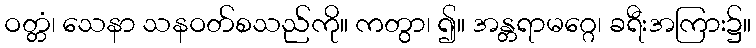
ဝတ္တံ၊ သေနာ သနဝတ်စသည်ကို။ ကတွာ၊ ၍။ အန္တရာမဂ္ဂေ၊ ခရီးအကြား၌။